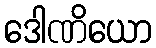
ဒေါဏိယော